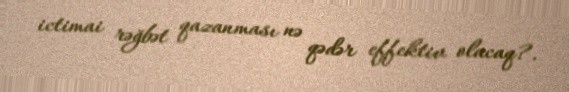
ictimai rəğbət qazanması nə qədər effektiv olacaq?.